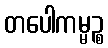
တပေါကမ္မဉ္စ